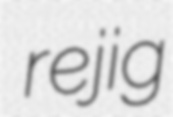
rejig